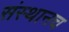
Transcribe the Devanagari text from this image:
संस्थानच